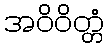
အဝိဝိတ္တံ